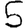
Digit: 5